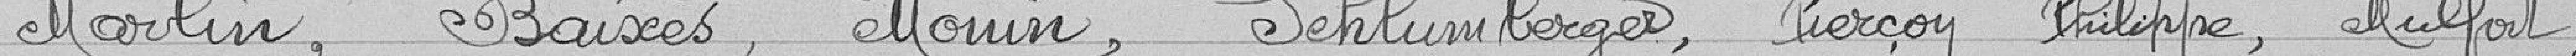
Marlin, Baisées, Monin, Schlumberger, Pierçon Philippe, Mulfort,